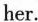
her.